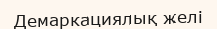
Демаркациялық желі